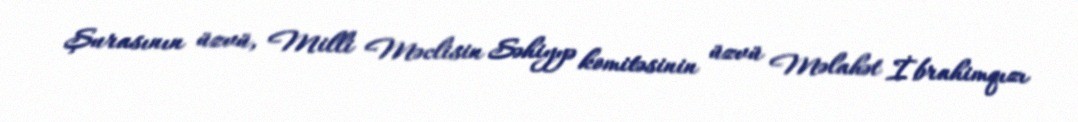
Şurasının üzvü, Milli Məclisin Səhiyyə komitəsinin üzvü Məlahət İbrahimqızı